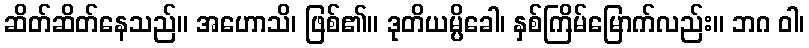
ဆိတ်ဆိတ်နေသည်။ အဟောသိ၊ ဖြစ်၏။ ဒုတိယမ္ပိခေါ၊ နှစ်ကြိမ်မြောက်လည်း။ ဘဂ ဝါ၊